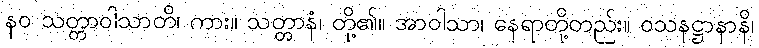
နဝ သတ္တာဝါသာတိ၊ ကား။ သတ္တာနံ၊ တို့၏။ အာဝါသာ၊ နေရာတို့တည်း။ ဝသနဋ္ဌာနာနိ၊